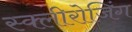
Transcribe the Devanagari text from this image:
स्क्लीरोजिंग